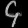
Digit: ၄